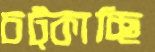
চট্‌কাচ্ছি